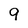
Character: 9